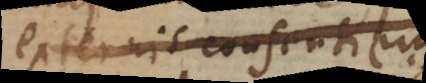
externis consentientes.